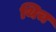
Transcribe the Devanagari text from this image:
थिच